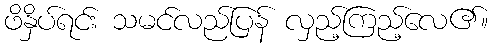
ဖိနှိပ်ရင်း သမင်လည်ပြန် လှည့်ကြည့်လေ၏။